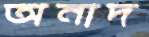
অনাদ